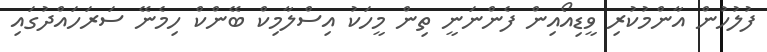
ފުލުހުން އާންމުކުރި ވީޑިއޯއިން ފެންނަނީ ތިން މީހަކު އިސްލާމިކް ބޭންކް ހިމެނޭ ސަރަހައްދުގައި